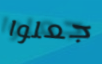
جعلوا